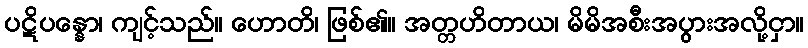
ပဋိပန္နော၊ ကျင့်သည်။ ဟောတိ၊ ဖြစ်၏။ အတ္တဟိတာယ၊ မိမိအစီးအပွားအလို့ငှာ။